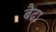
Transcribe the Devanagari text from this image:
बैढा